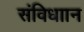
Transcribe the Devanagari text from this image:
संविधाान